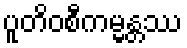
ပူတိဝစီကမ္မန္တဿ